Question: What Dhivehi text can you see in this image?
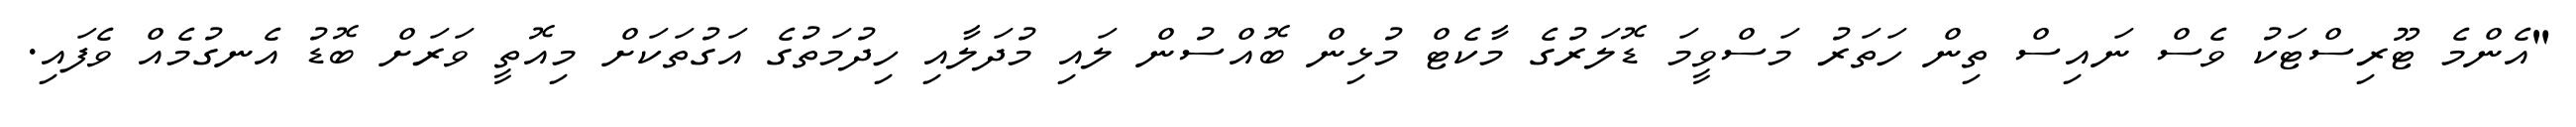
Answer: "އެންމެ ޓޫރިސްޓަކު ވެސް ނައިސް ތިން ހަތަރު މަސްވީމަ ޑޮލަރުގެ މާކެޓް މުޅިން ބޮއްސުން ލައި މުދަލާއި ހިދުމަތުގެ އަގުތަކަށް މިއޮތީ ވަރަށް ބޮޑު އެނގުމެއް ވެފައި.